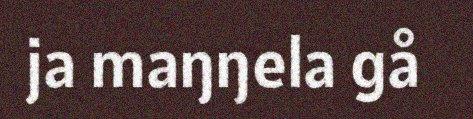
ja maŋŋela gå